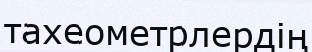
тахеометрлердің